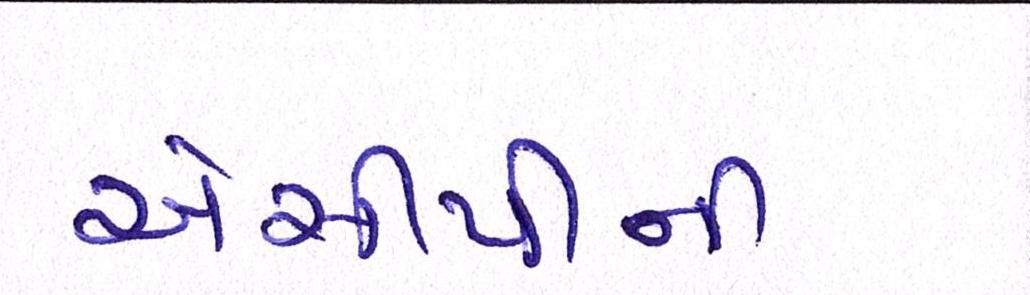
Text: એસીપીની